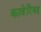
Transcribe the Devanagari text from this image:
कावेरियइ